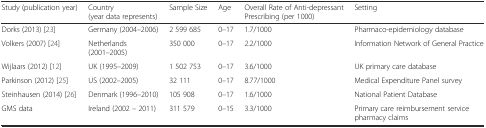
| Study (publication year) | Country (year data represents) | Sample Size | Age | Overall Rate of Anti-depressant Prescribing (per 1000) | Setting |
 | --- | --- | --- | --- | --- | --- |
 | Dorks (2013) [23] | Germany (2004–2006) | 2 599 685 | 0–17 | 1.7/1000 | Pharmaco-epidemiology database |
 | Volkers (2007) [24] | Netherlands (2001–2005) | 350 000 | 0–17 | 2.2/1000 | Information Network of General Practice |
 | Wijlaars (2012) [12] | UK (1995–2009) | 1 502 753 | 0–17 | 3.6/1000 | UK primary care database |
 | Parkinson (2012) [25] | US (2002–2005) | 32 111 | 0–17 | 8.77/1000 | Medical Expenditure Panel survey |
 | Steinhausen (2014) [26] | Denmark (1996–2010) | 105 908 | 0–17 | 1.6/1000 | National Patient Database |
 | GMS data | Ireland (2002 – 2011) | 311 579 | 0–15 | 3.3/1000 | Primary care reimbursement service pharmacy claims |